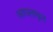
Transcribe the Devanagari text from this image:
आयताकृत